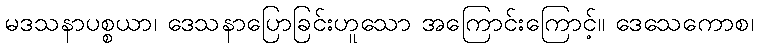
မဒသနာပစ္စယာ၊ ဒေသနာပြောခြင်းဟူသော အကြောင်းကြောင့်။ ဒေသေကောစ၊